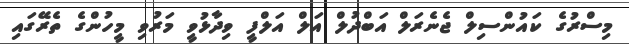
މިސްރުގެ ކައުންސިލް ޖެނެރަލް އަބްދުލް އަލް އަލްފީ ވިދާޅުވީ މަރުވި މީހުންގެ ތެރޭގައި